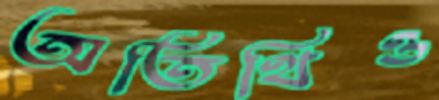
অতিথিও